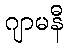
ဂျာမနီ